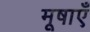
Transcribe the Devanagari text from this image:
मूषाएँ